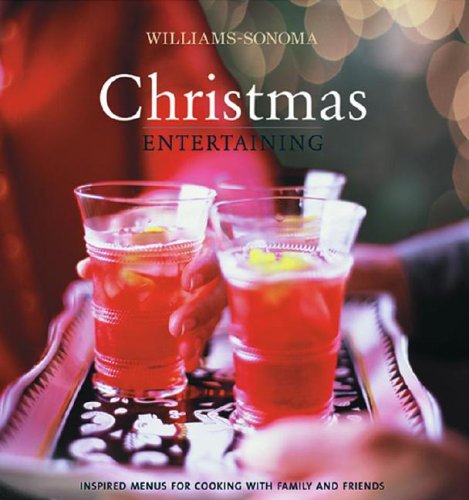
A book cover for Christmas Entertaining (Williams-Sonoma); Georgeanne Brennan; Cookbooks, Food & Wine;